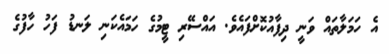
އެ ހަމަލާތައް ވަނީ ދިފާއުކޮށްފައެވެ. އައްސޭރި ޓީމުގެ ހަމައެކަނި ލަނޑު ފަހު ހާފުގެ